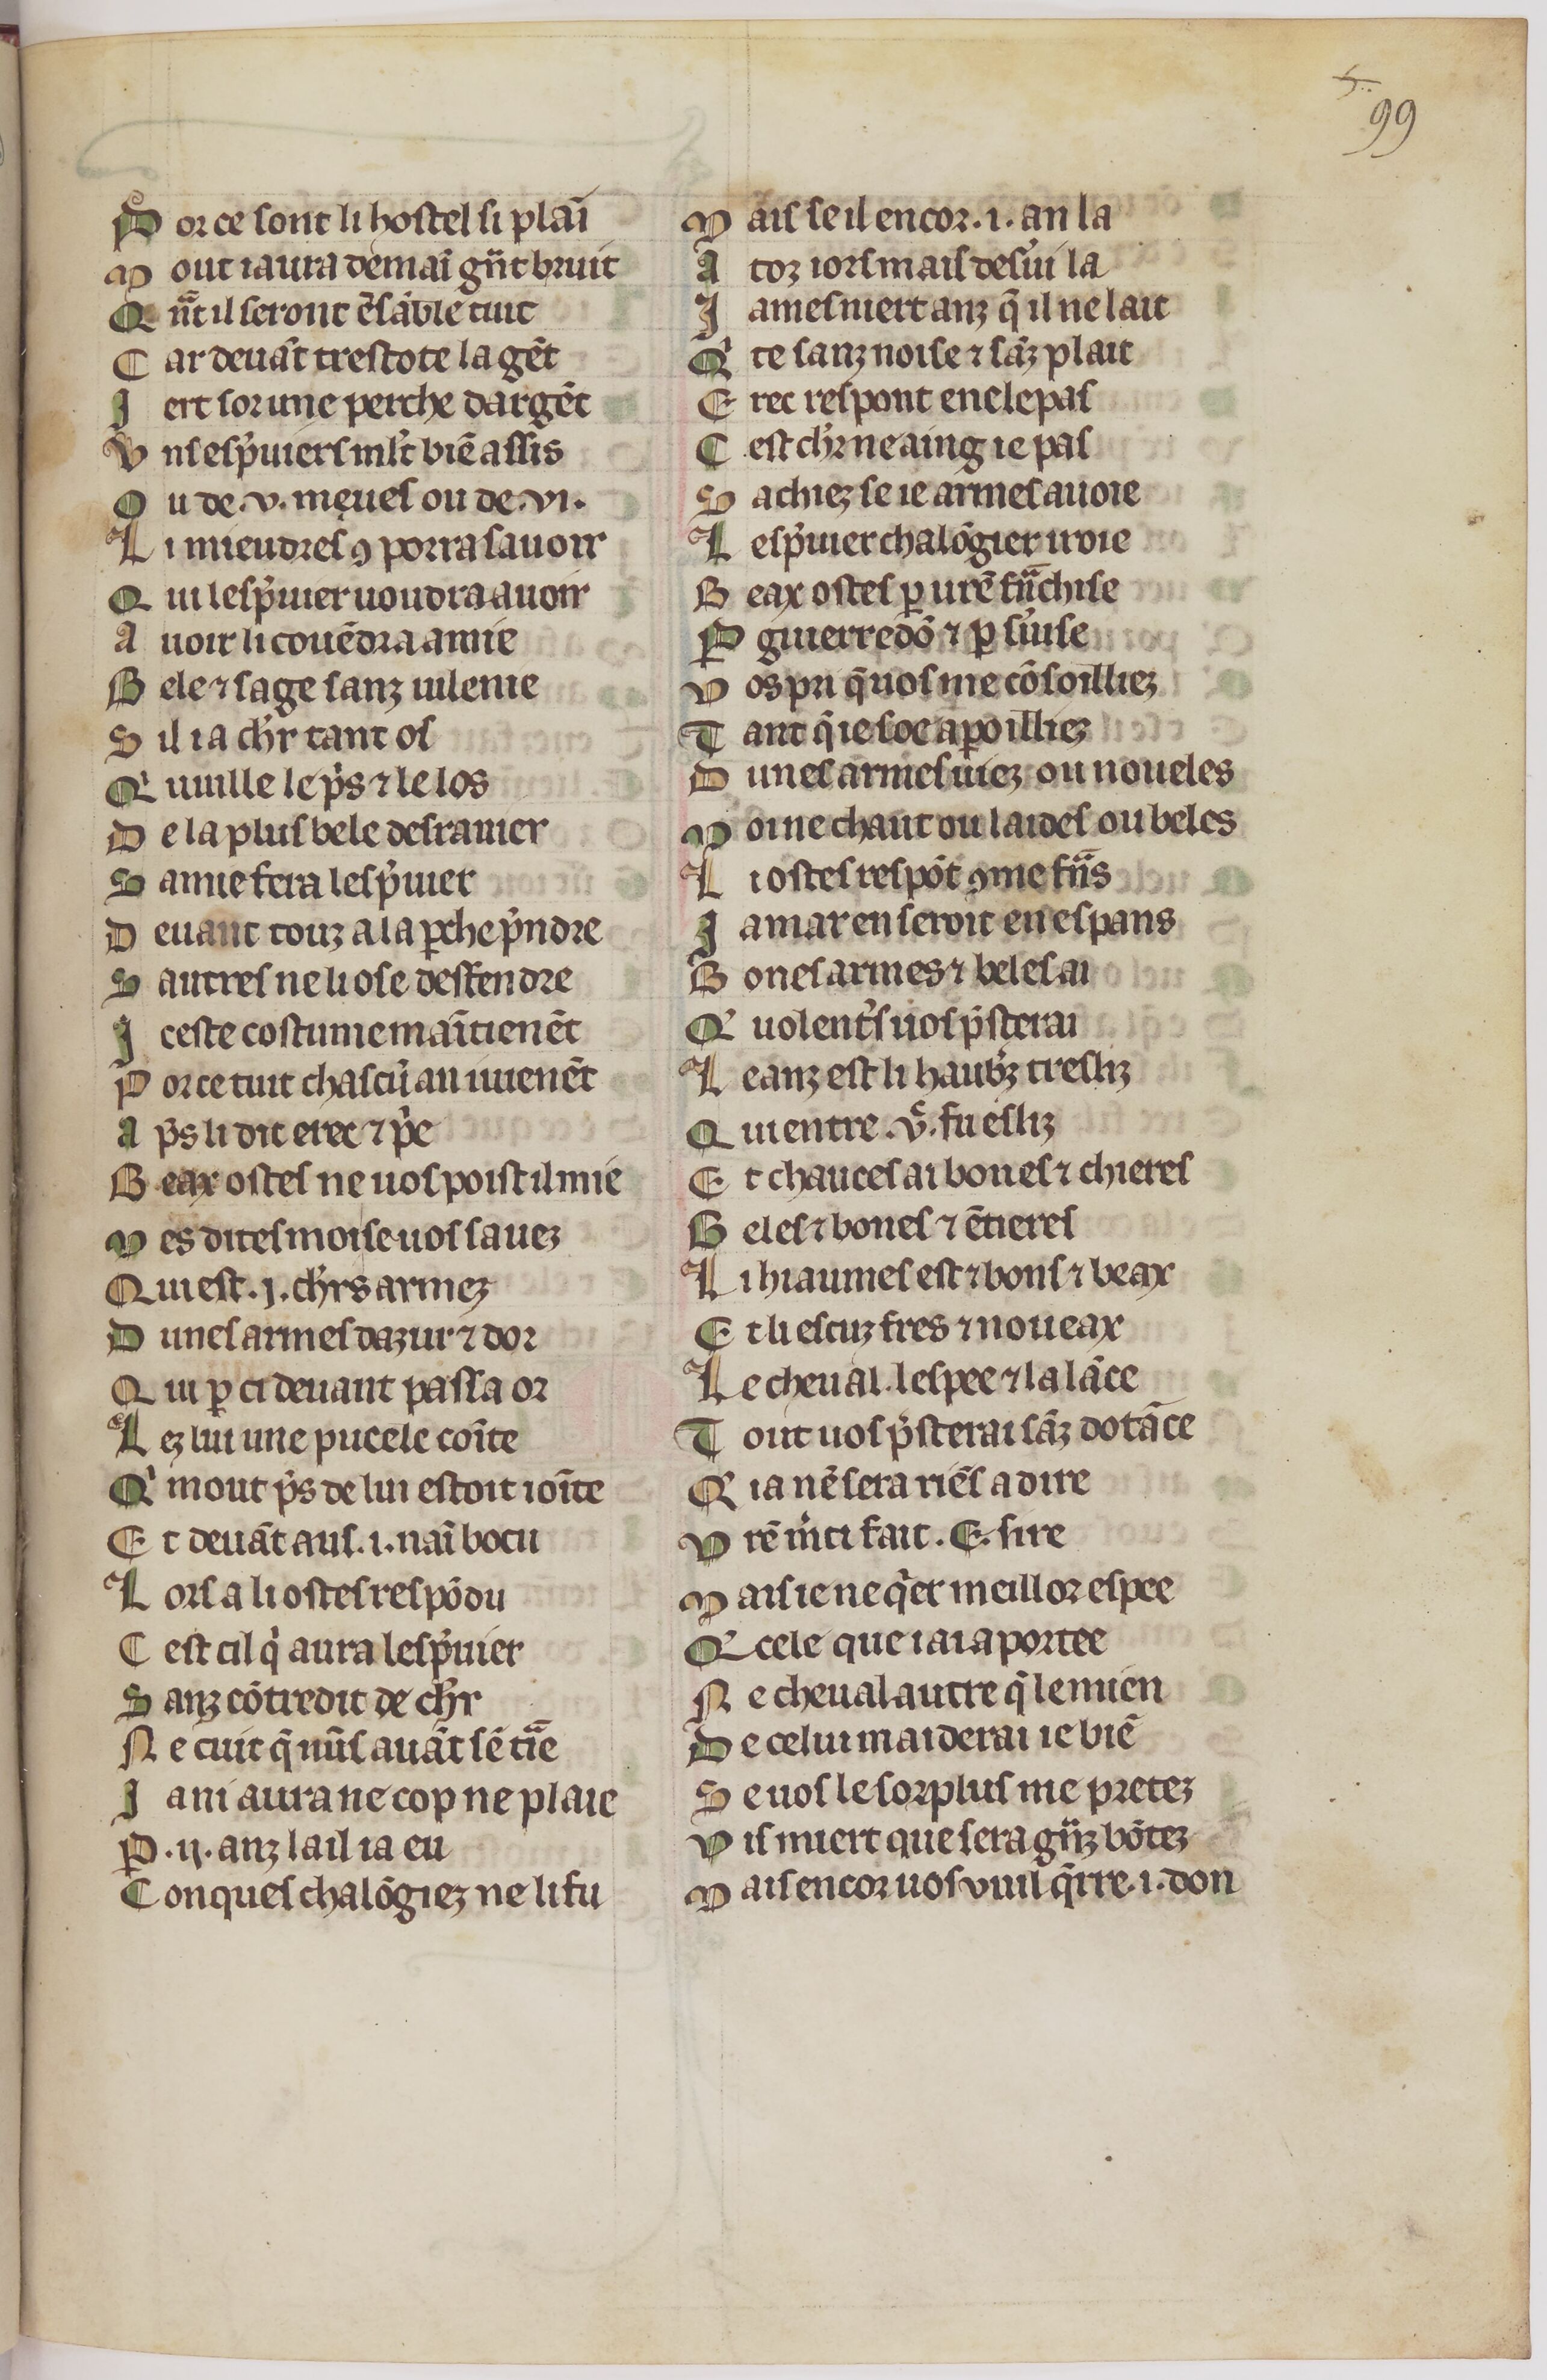
Shelfmark: Paris, BnF, fr. 1376
Century: 14